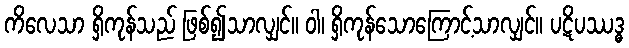
ကိလေသာ ရှိကုန်သည် ဖြစ်၍သာလျှင်။ ဝါ၊ ရှိကုန်သောကြောင့်သာလျှင်။ ပဋိပဿဒ္ဓ